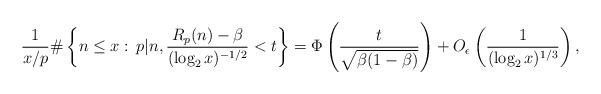
LaTeX: \begin{align*}\frac1{x/p}\#\left\{n \le x: \, p|n, \frac {R_p(n)-\beta}{(\log_2 x)^{-1/2}} < t\right\} = \Phi\left(\frac{t}{\sqrt{\beta(1-\beta)}}\right) + O_{\epsilon}\left(\frac1{(\log_2 x)^{1/3}}\right),\end{align*}